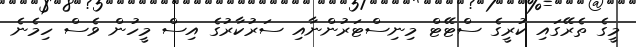
މީގެ ތެރޭގައި ކުރީގެ ސްޓޭޓް މިނިސްޓަރުންނާއި ސަރުކާރުގެ އިސް މީހުން ވެސް ހިމެނެ